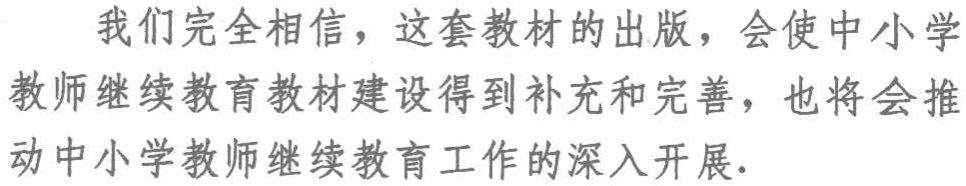
我们完全相信，这套教材的出版，会使中小学

教师继续教育教材建设得到补充和完善，也将会推

动中小学教师继续教育工作的深入开展.